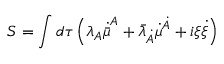
S = \int d \tau \left( \lambda _ { A } \dot { \bar { \mu } } ^ { A } + \bar { \lambda } _ { \dot { A } } \dot { { \mu } } ^ { \dot { A } } + i \xi \dot { \xi } \right)